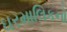
ઘરમાલિકનો